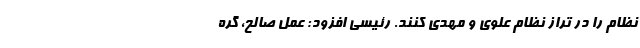
نظام را در تراز نظام علوی و مهدی کنند. رئیسی افزود: عمل صالح، گره